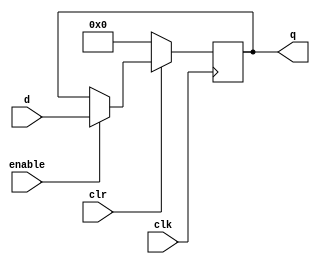
// General 32-Bit Register

module Register #(parameter val = 0)(
  output reg [31:0] q,
  input [31:0] d,
  input clr, clk, enable
);
  
  always @ (posedge clk) begin
    if (clr == 0)
      q = 0;
    else if (enable)
      q = d;
   end
	initial q = val; // assign initial value
endmodule // Register